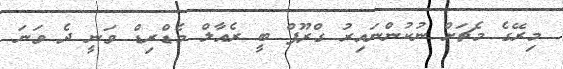
މިރޭގެ މެޗަށް ނުކުންނައިރު ގްރޫޕް ބީ ރެއާލް މެޑްރިޑް ވަނީ ދެ ވަނަ